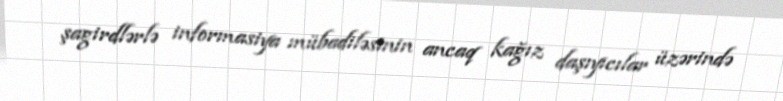
şagirdlərlə informasiya mübadiləsinin ancaq kağız daşıyıcılar üzərində